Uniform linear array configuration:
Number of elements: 64
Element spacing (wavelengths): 1
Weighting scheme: blackman
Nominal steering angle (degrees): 45
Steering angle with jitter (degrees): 43.853
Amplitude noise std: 0.05
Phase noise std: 0.05

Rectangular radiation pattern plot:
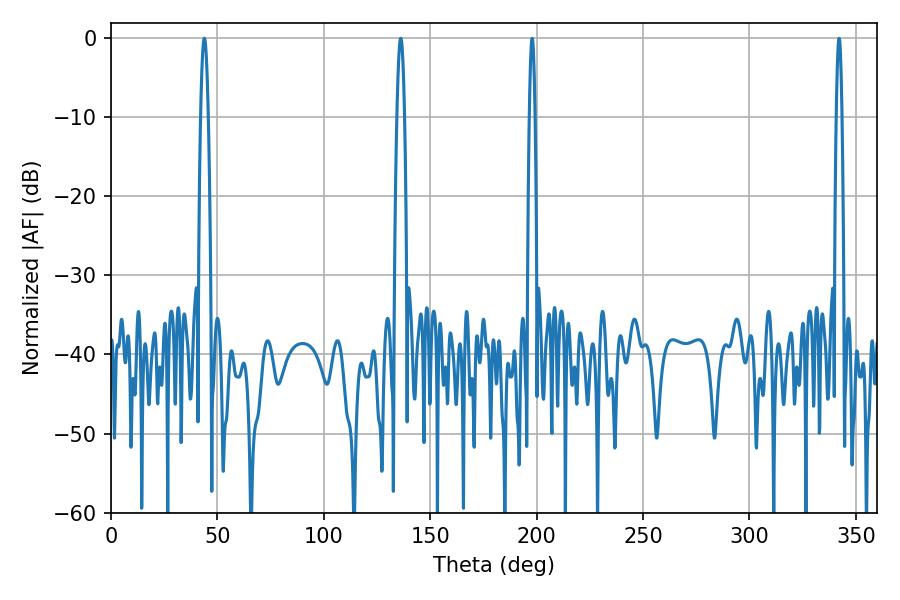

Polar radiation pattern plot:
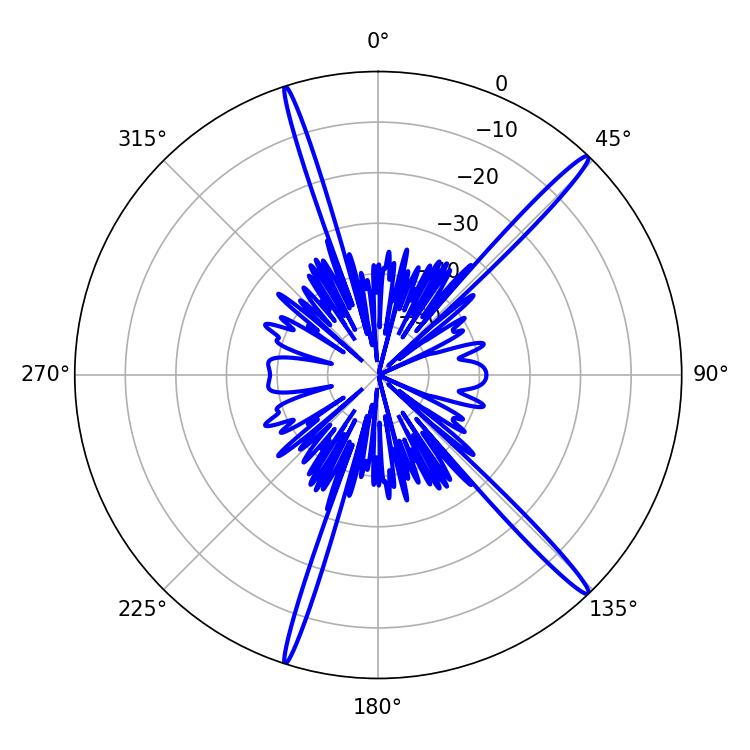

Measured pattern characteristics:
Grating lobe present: TRUE
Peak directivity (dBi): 17.596
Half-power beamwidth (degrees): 1.98
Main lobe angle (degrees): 136.08